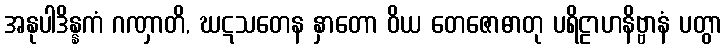
အနုပါဒိန္နကံ ဂဏှာတိ, ဃဋသတေန နှာတော ဝိယ တေဇောဓာတု ပရိဠာဟနိဗ္ဗာနံ ပတွာ